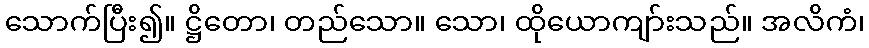
သောက်ပြီး၍။ ဋ္ဌိတော၊ တည်သော။ သော၊ ထိုယောကျာ်းသည်။ အလိကံ၊